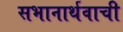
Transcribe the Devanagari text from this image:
सभानार्थवाची